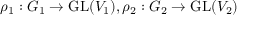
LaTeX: \rho _ { 1 } : G _ { 1 } \to { \mathrm { G L } } ( V _ { 1 } ) , \rho _ { 2 } : G _ { 2 } \to { \mathrm { G L } } ( V _ { 2 } )